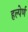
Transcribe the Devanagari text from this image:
हल्पेर्ण